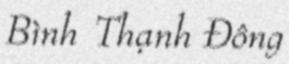
Bình Thạnh Đông